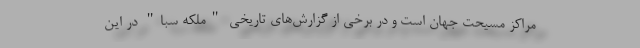
مراکز مسیحت جهان است و در برخی از گزارش‌های تاریخی "ملکه سبا" در این